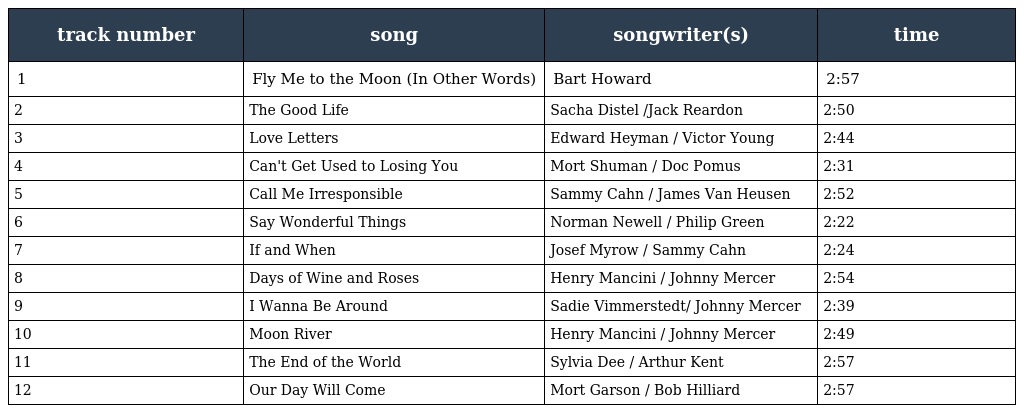
| track number | song | songwriter(s) | time |
 | --- | --- | --- | --- |
 | 1 | Fly Me to the Moon (In Other Words) | Bart Howard | 2:57 |
 | 2 | The Good Life | Sacha Distel /Jack Reardon | 2:50 |
 | 3 | Love Letters | Edward Heyman / Victor Young | 2:44 |
 | 4 | Can't Get Used to Losing You | Mort Shuman / Doc Pomus | 2:31 |
 | 5 | Call Me Irresponsible | Sammy Cahn / James Van Heusen | 2:52 |
 | 6 | Say Wonderful Things | Norman Newell / Philip Green | 2:22 |
 | 7 | If and When | Josef Myrow / Sammy Cahn | 2:24 |
 | 8 | Days of Wine and Roses | Henry Mancini / Johnny Mercer | 2:54 |
 | 9 | I Wanna Be Around | Sadie Vimmerstedt/ Johnny Mercer | 2:39 |
 | 10 | Moon River | Henry Mancini / Johnny Mercer | 2:49 |
 | 11 | The End of the World | Sylvia Dee / Arthur Kent | 2:57 |
 | 12 | Our Day Will Come | Mort Garson / Bob Hilliard | 2:57 |